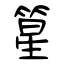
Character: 篂